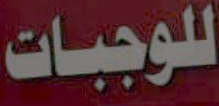
للوجبات